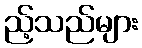
ည့်သည်များ